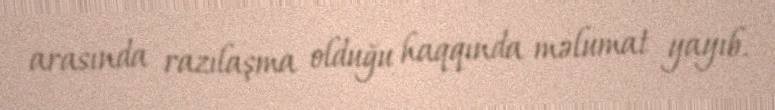
arasında razılaşma olduğu haqqında məlumat yayıb.